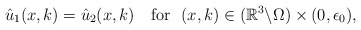
\begin{align*}\hat u_1(x, k)=\hat u_2(x, k)\quad\mbox{for}\ \ (x, k)\in (\mathbb{R}^3\backslash \Omega)\times (0, \epsilon_0), \end{align*}